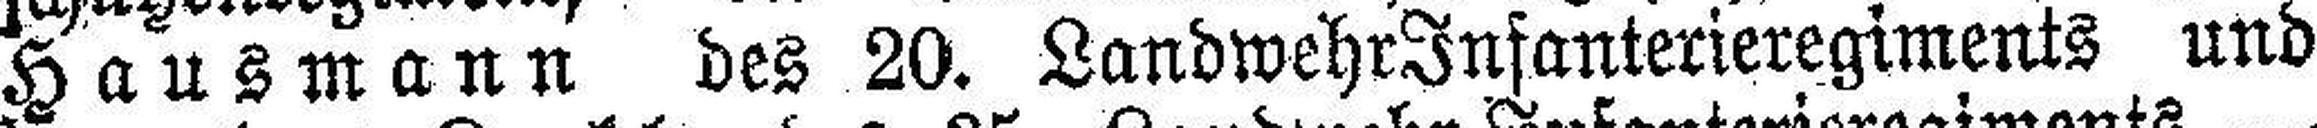
Hausmann des 20. Landwehr Infanterieregiments und